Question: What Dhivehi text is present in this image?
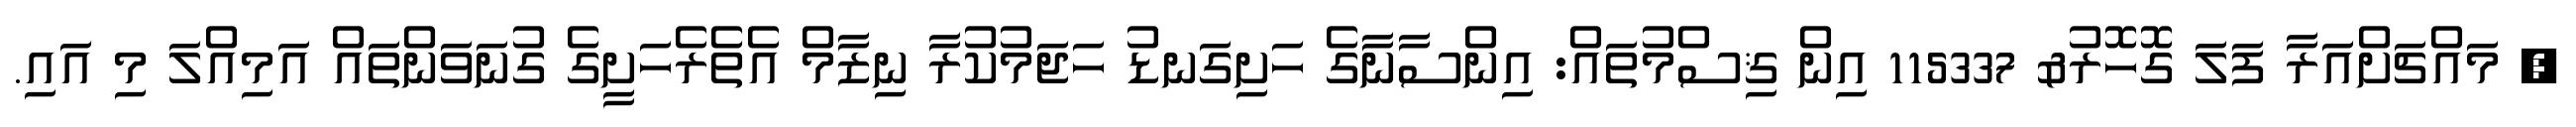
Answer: ? މައްޗަށްއަރާ ފަލަ ގޮހޮރު& 115337 އިން ޤިސްމުތައް: އިންސާނާގެ ހަށިގަނޑު ހަޖަމުކުރާ ނިޒާމް އެތެރެހަށީގެ ގުނަވަންތައް އަމިއްލަ މި އައި.